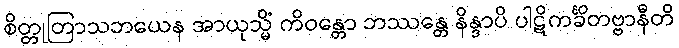
စိတ္တုတြာသဘယေန အာယုသ္မိံ ကိဝန္တော ဘဿန္တေ နိန္ဒာပိ ပါဋိကင်္ခိတဗ္ဗာနီတိ